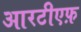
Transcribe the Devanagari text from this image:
आरटीएफ़